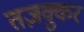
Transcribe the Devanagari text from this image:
तज़क्कुर